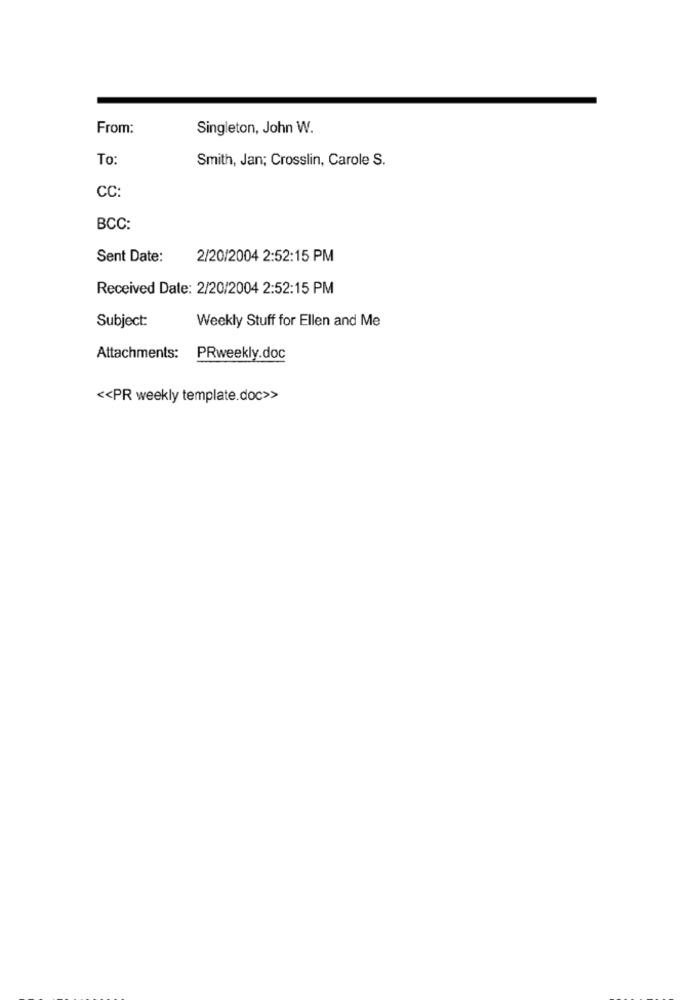
From:
Singleton, John W.
To:
Smith, Jan; Crosslin, Carole S.
CC:
BCC:
Sent Date:
2/20/2004 2:52:15 PM
Received Date: 2/20/2004 2:52:15 PM
Subject:
Weekly Stuff for Ellen and Me
Attachments:
PRweekly.doc
<< PR weekly template.doc>>